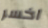
اخسر